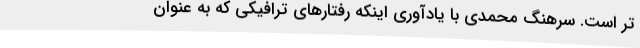
تر است. سرهنگ محمدی با یادآوری اینکه رفتارهای ترافیکی که به عنوان